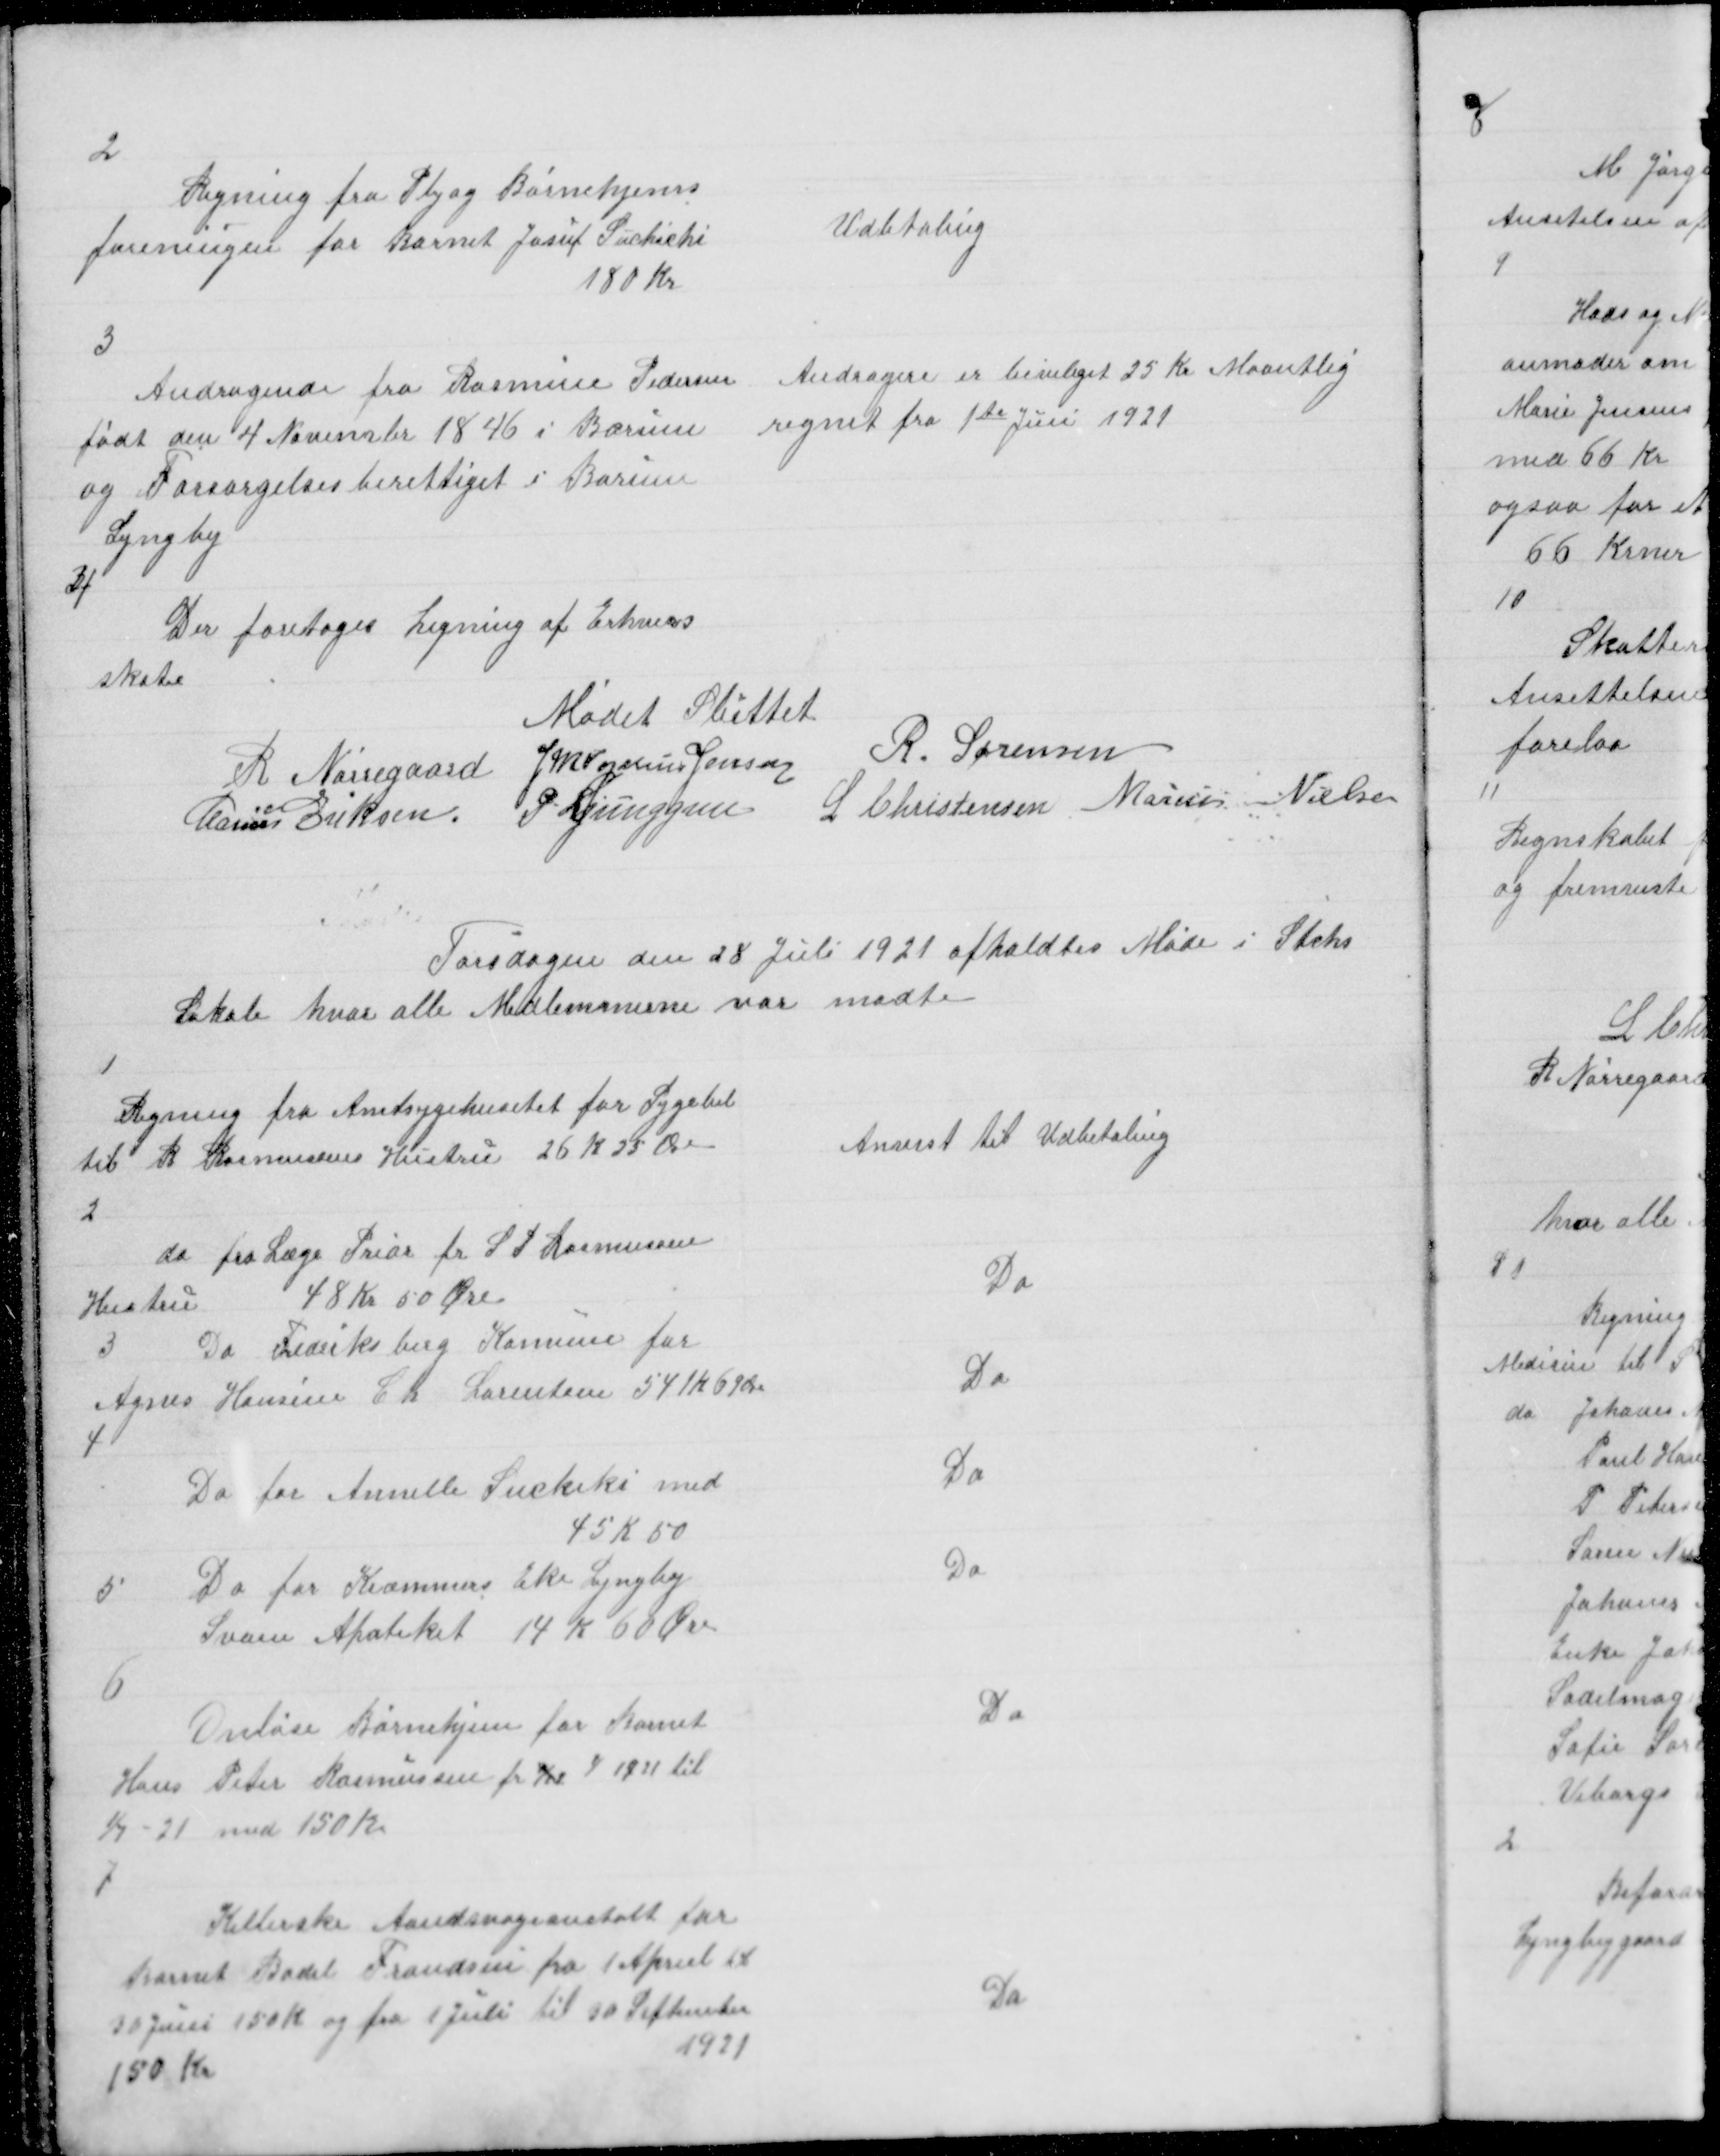
Transskription:
2

Regning fra Plej og Børnehjems
foreningen for Barnet Josuf Suchichi
180 Kr

Udbetaling

3

Andragende fra Rasmine Pedersen
født den 4 November 1846 i Borum
og Forsørgelsesberettiget i Borum
Lyngby

Andragere er beviliget 25 Kr Maantlig
regnet fra 1te Juni 1921

4

Der foretoges Ligning af Erhvervs
skater

Mødet sluttet
R. Nørregaard J M Vogelius Jensen R. Sørensen
Marius Eriksen P. Ljunggren
L Christensen Marius Nielsen

Torsdagen den 28 Juli 1921 afholdtes Møde i Stacks
Lokale hvor alle Medlemmerne var mødte

1

Regning fra Amtsygehusetet for Sygebil
til R Rasmussens Hustru 26 K 25 Øre

Anvist til Udbetaling

2

do fra Læge Prior for S P Rasmussens
Hustru
48 Kr 50 Øre

Do

3
Do Freriksberg Kommune for
Agnes Hansine Ch Lorentsen 541 K 69 Øre

Do

4

Do for Annelle Suckiki med
45 K 50

Do

5

Do for Kræmmers Eke Lyngby
Svane Apoteket 14 K 60 Øre

Do

6

Onløse Børnehjem for Barnet
Hans Peter Rasmussen fr   1921 til
1/7 - 21 med 150 K.

Do

7

Kellerske Aandsvageanstalt for
Barnet Bodil Frandsen fra 1 Apriel til
30 Juni 150 K og fra 1 Juli til 30 September
150 Kr
1921

Do